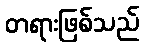
တရားဖြစ်သည်